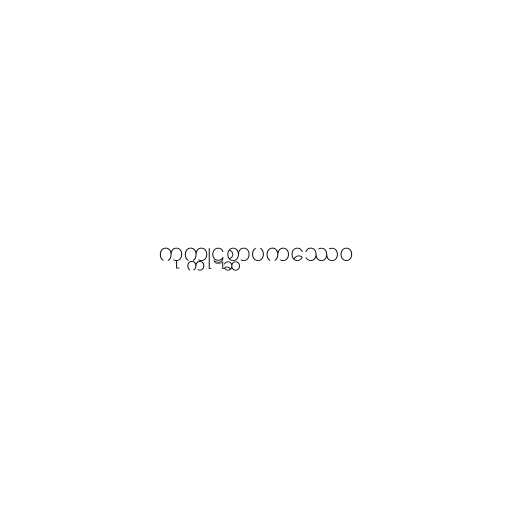
ကုက္ကုဋစ္ဆာပကဿေဝ